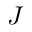
J